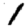
Digit: 1